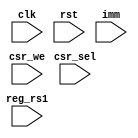
module csr (
    input clk,
    input rst,
    input csr_we,
    input csr_sel,
    input [31:0] reg_rs1,
    input [31:0] imm    
);
    
    reg [31:0] tohost;
    
    always @ (posedge clk) begin
        if (rst)
            tohost <= 32'b0;
        else
            if (csr_we)
                tohost <= csr_sel ? imm : reg_rs1;
    end

endmodule